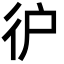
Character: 㣗